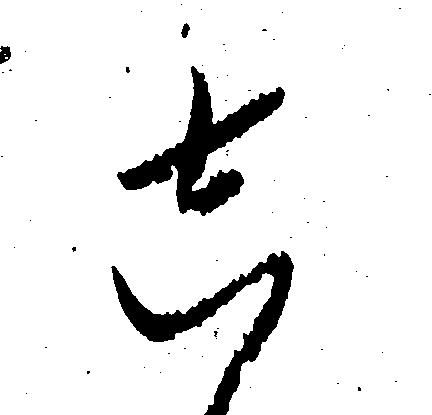
し